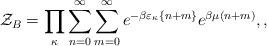
LaTeX: \begin{align*}{\cal Z}_B=\prod_\kappa\sum_{n=0}^{\infty}\sum_{m=0}^{\infty}e^{-\beta\varepsilon_\kappa\{n+m\}}e^{\beta\mu(n+m)},,\end{align*}